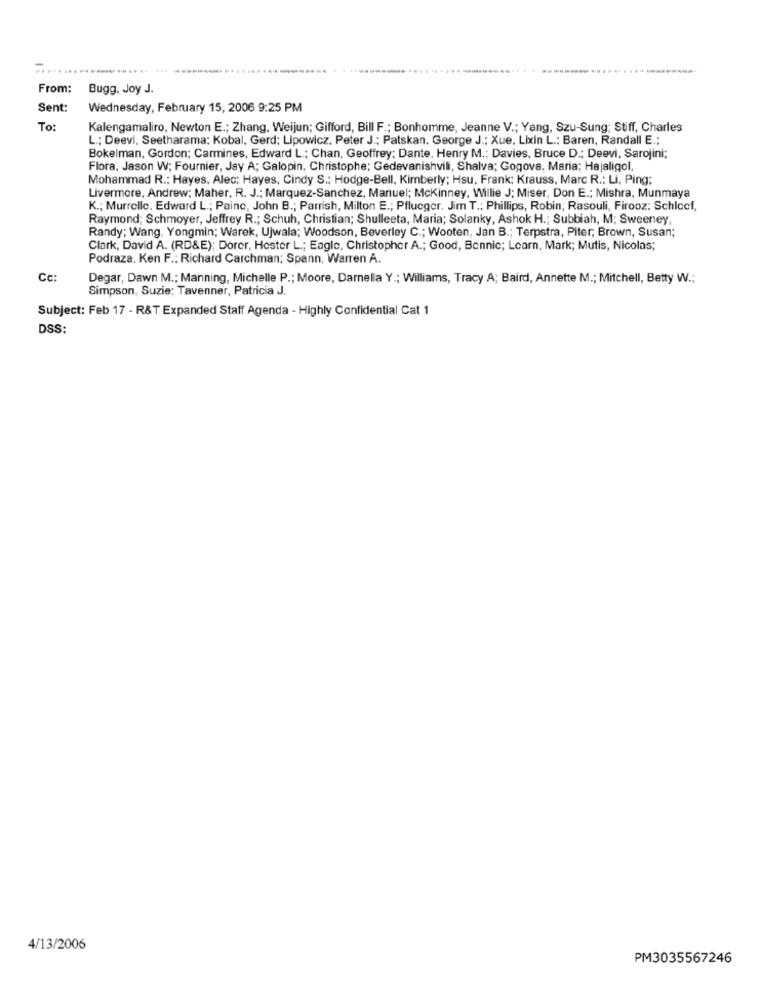
----
From:
Bugg, Joy J.
Sent:
Wednesday, February 15, 2006 9:25 PM
To:
Kalengamaliro, Newton E .; Zhang, Weijun; Gifford, Bill F .; Bonhomme, Jeanne V .; Yang, Szu-Sung; Stiff, Charles
L .; Deevi, Seetharama: Kobal, Gerd; Lipowicz, Peter J .; Patskan. George J .; Xue, Lixin L .: Baren, Randall E .;
Bokelman, Gordon; Carmines, Edward L .; Chan, Geoffrey; Dante. Henry M .; Davies, Bruce D .; Deevi, Sarojini;
Flora, Jason W; Fournier, Jay A; Galopin, Christophe; Gedevanishvili, Shalva; Gogova, Maria; Hajaligol,
Mohammad R .: Hayes. Alec; Hayes, Cindy S .: Hodge-Bell, Kimberly; Hsu, Frank: Krauss, Marc R .: Li, Ping:
Livermore, Andrew; Maher, R. J .; Marquez-Sanchez, Manuel; Mckinney, Willie J; Miser, Don E .; Mishra, Munmaya
K .; Murrelle, Edward L .; Painc, John B .; Parrish, Milton E .; Pflueger. Jim T .: Phillips, Robin; Rasouli, Firooz: Schlccf,
Raymond; Schmoyer, Jeffrey R .; Schuh, Christian; Shulleeta, Maria; Solanky, Ashok H .; Subbiah, M; Sweeney
Randy; Wang. Yongmin; Warek, Ujwala; Woodson, Beverley C .; Wooten, Jan B .; Terpstra, Piter; Brown, Susan;
Clark, David A. (RD&E); Dorer, Hester L .; Eagle, Christopher A .; Good, Bonnie; Learn, Mark; Mutis, Nicolas;
Podraza. Ken F .: Richard Carchman; Spann, Warren A.
Cc:
Degar, Dawn M .; Manning, Michelle P .; Moore, Darnella Y .; Williams, Tracy A; Baird, Annette M .; Mitchell, Betty W .:
Simpson, Suzie; Tavenner, Patricia J.
Subject: Feb 17 - R&T Expanded Staff Agenda - Highly Confidential Cat 1
DSS:
4/13/2006
PM3035567246